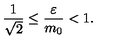
\frac { 1 } { \sqrt { 2 } } \le \frac { \varepsilon } { m _ { 0 } } < 1 .